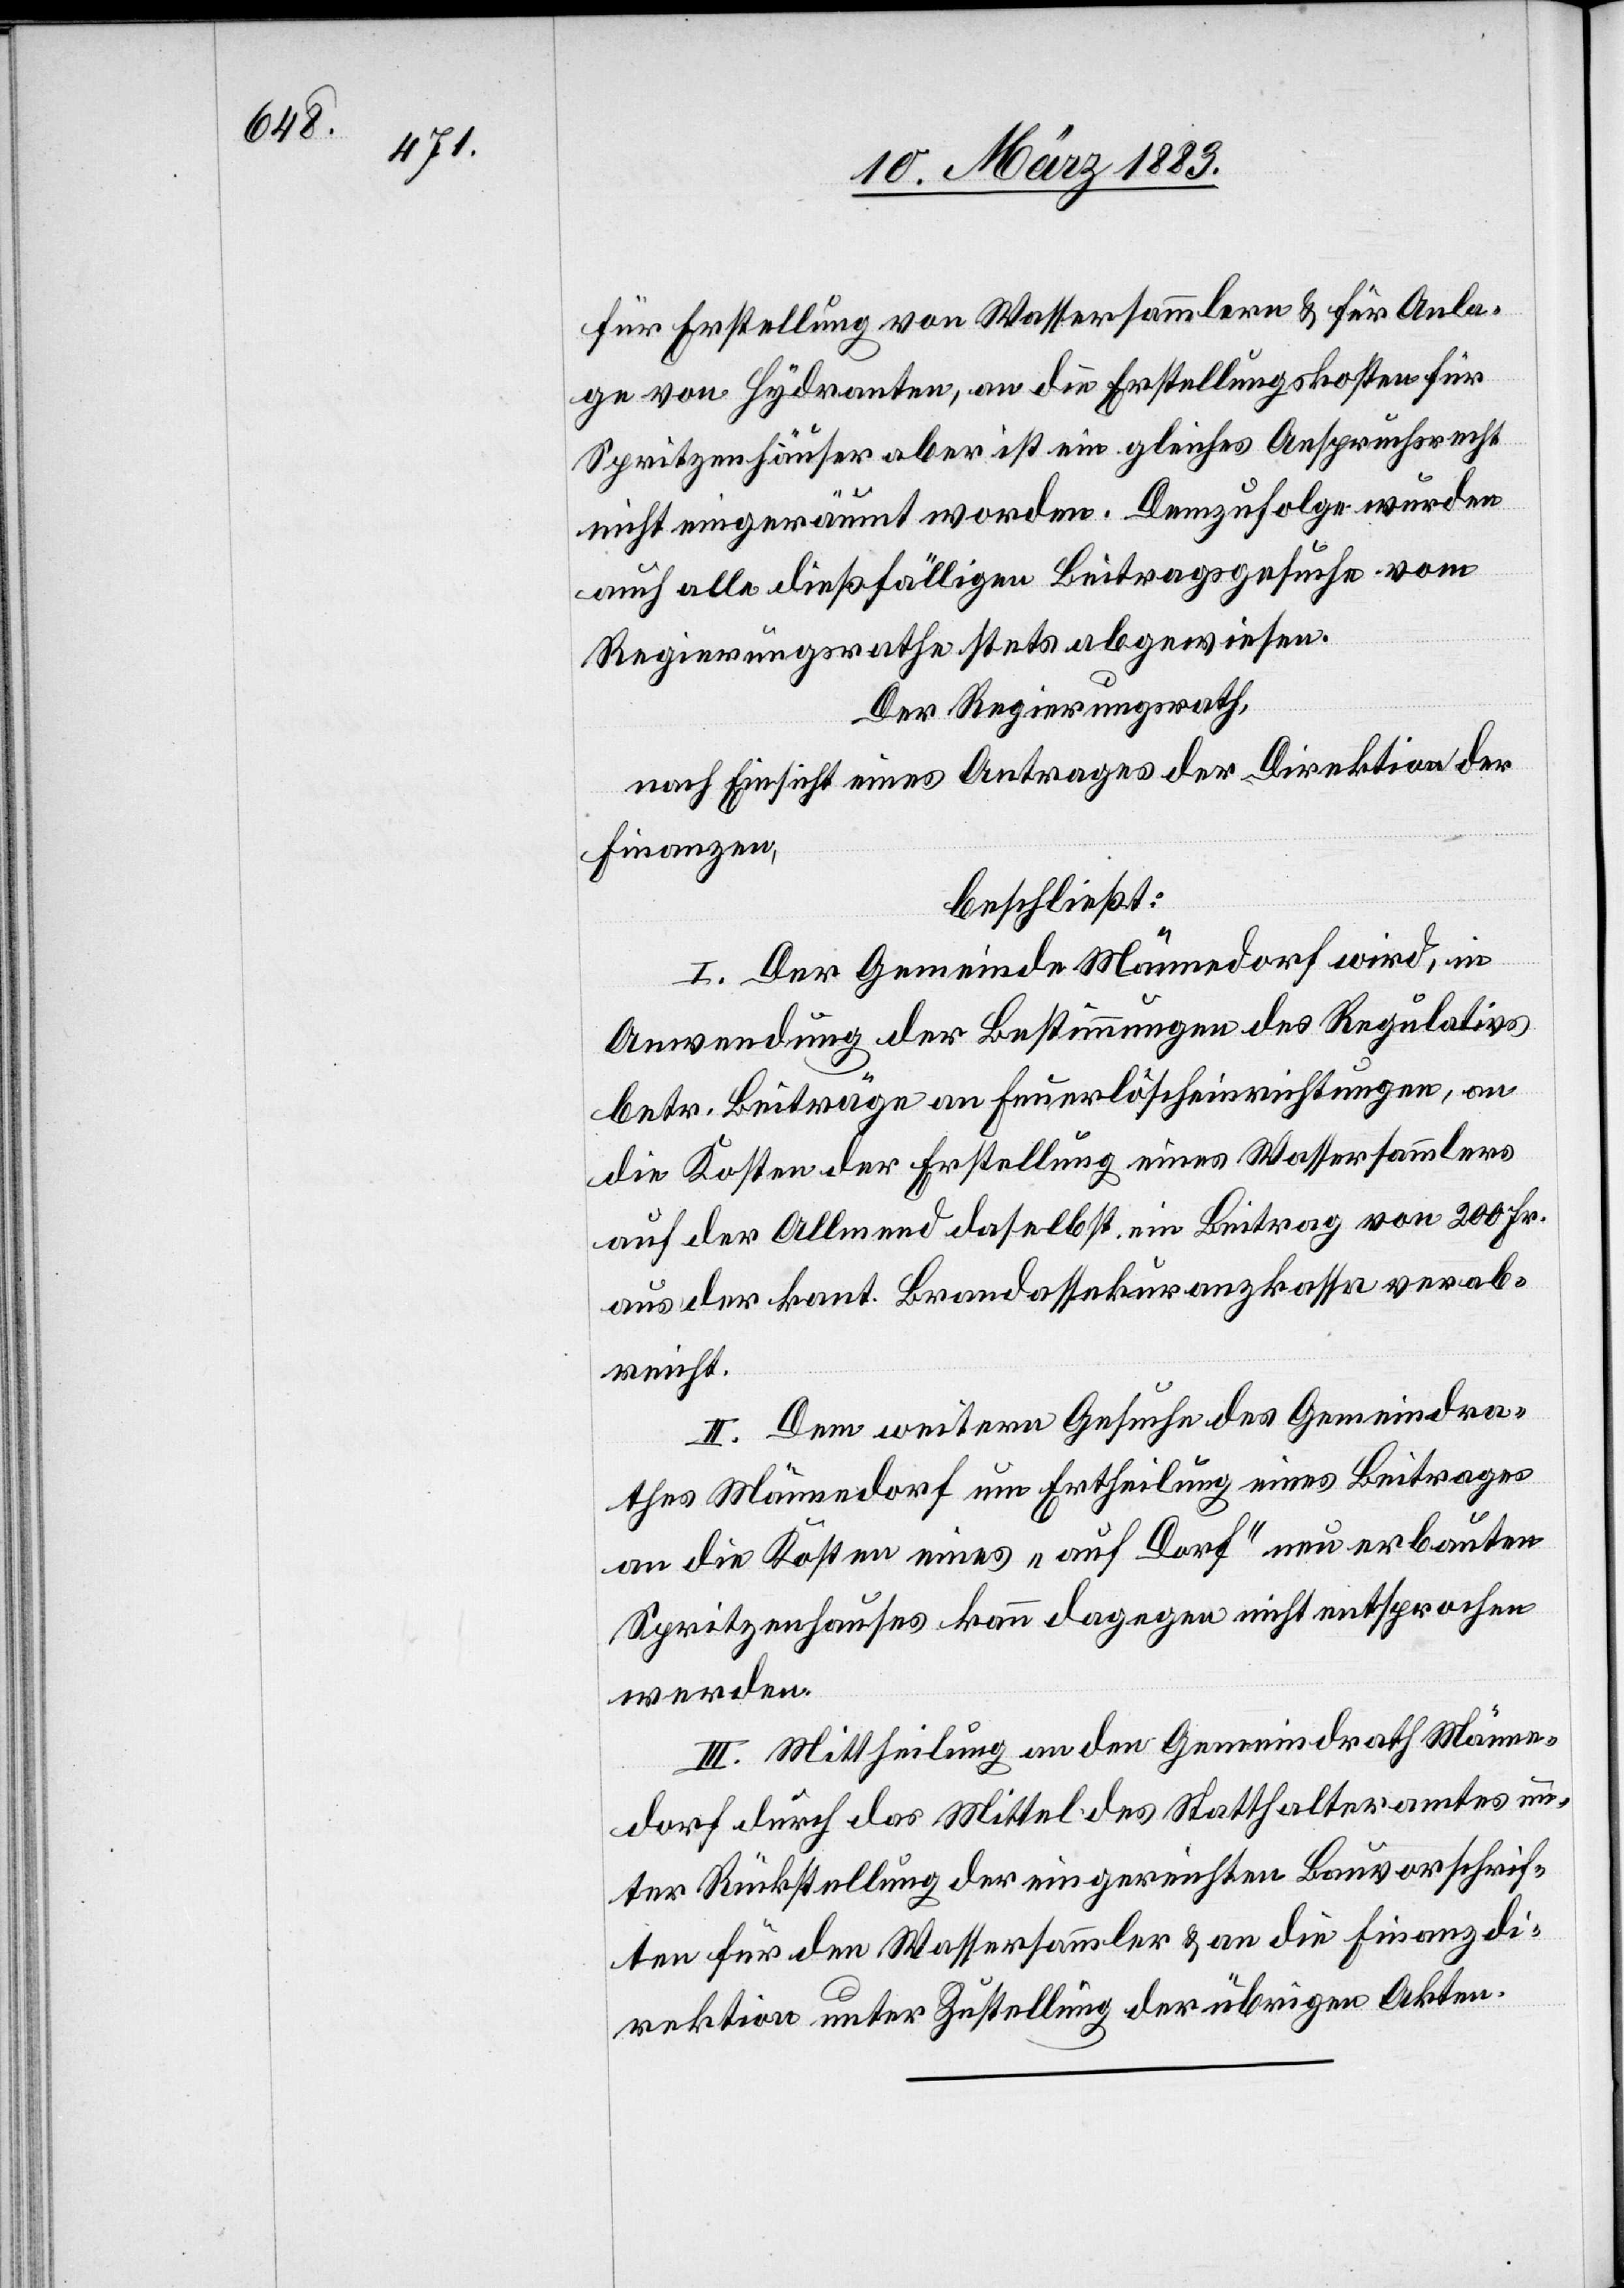
1881

auf 1.

Der Regierungsrath,
Finanzen
beschließt:
en
aus der kant. Brandassekuranzkassa an
gereicht¬
werden